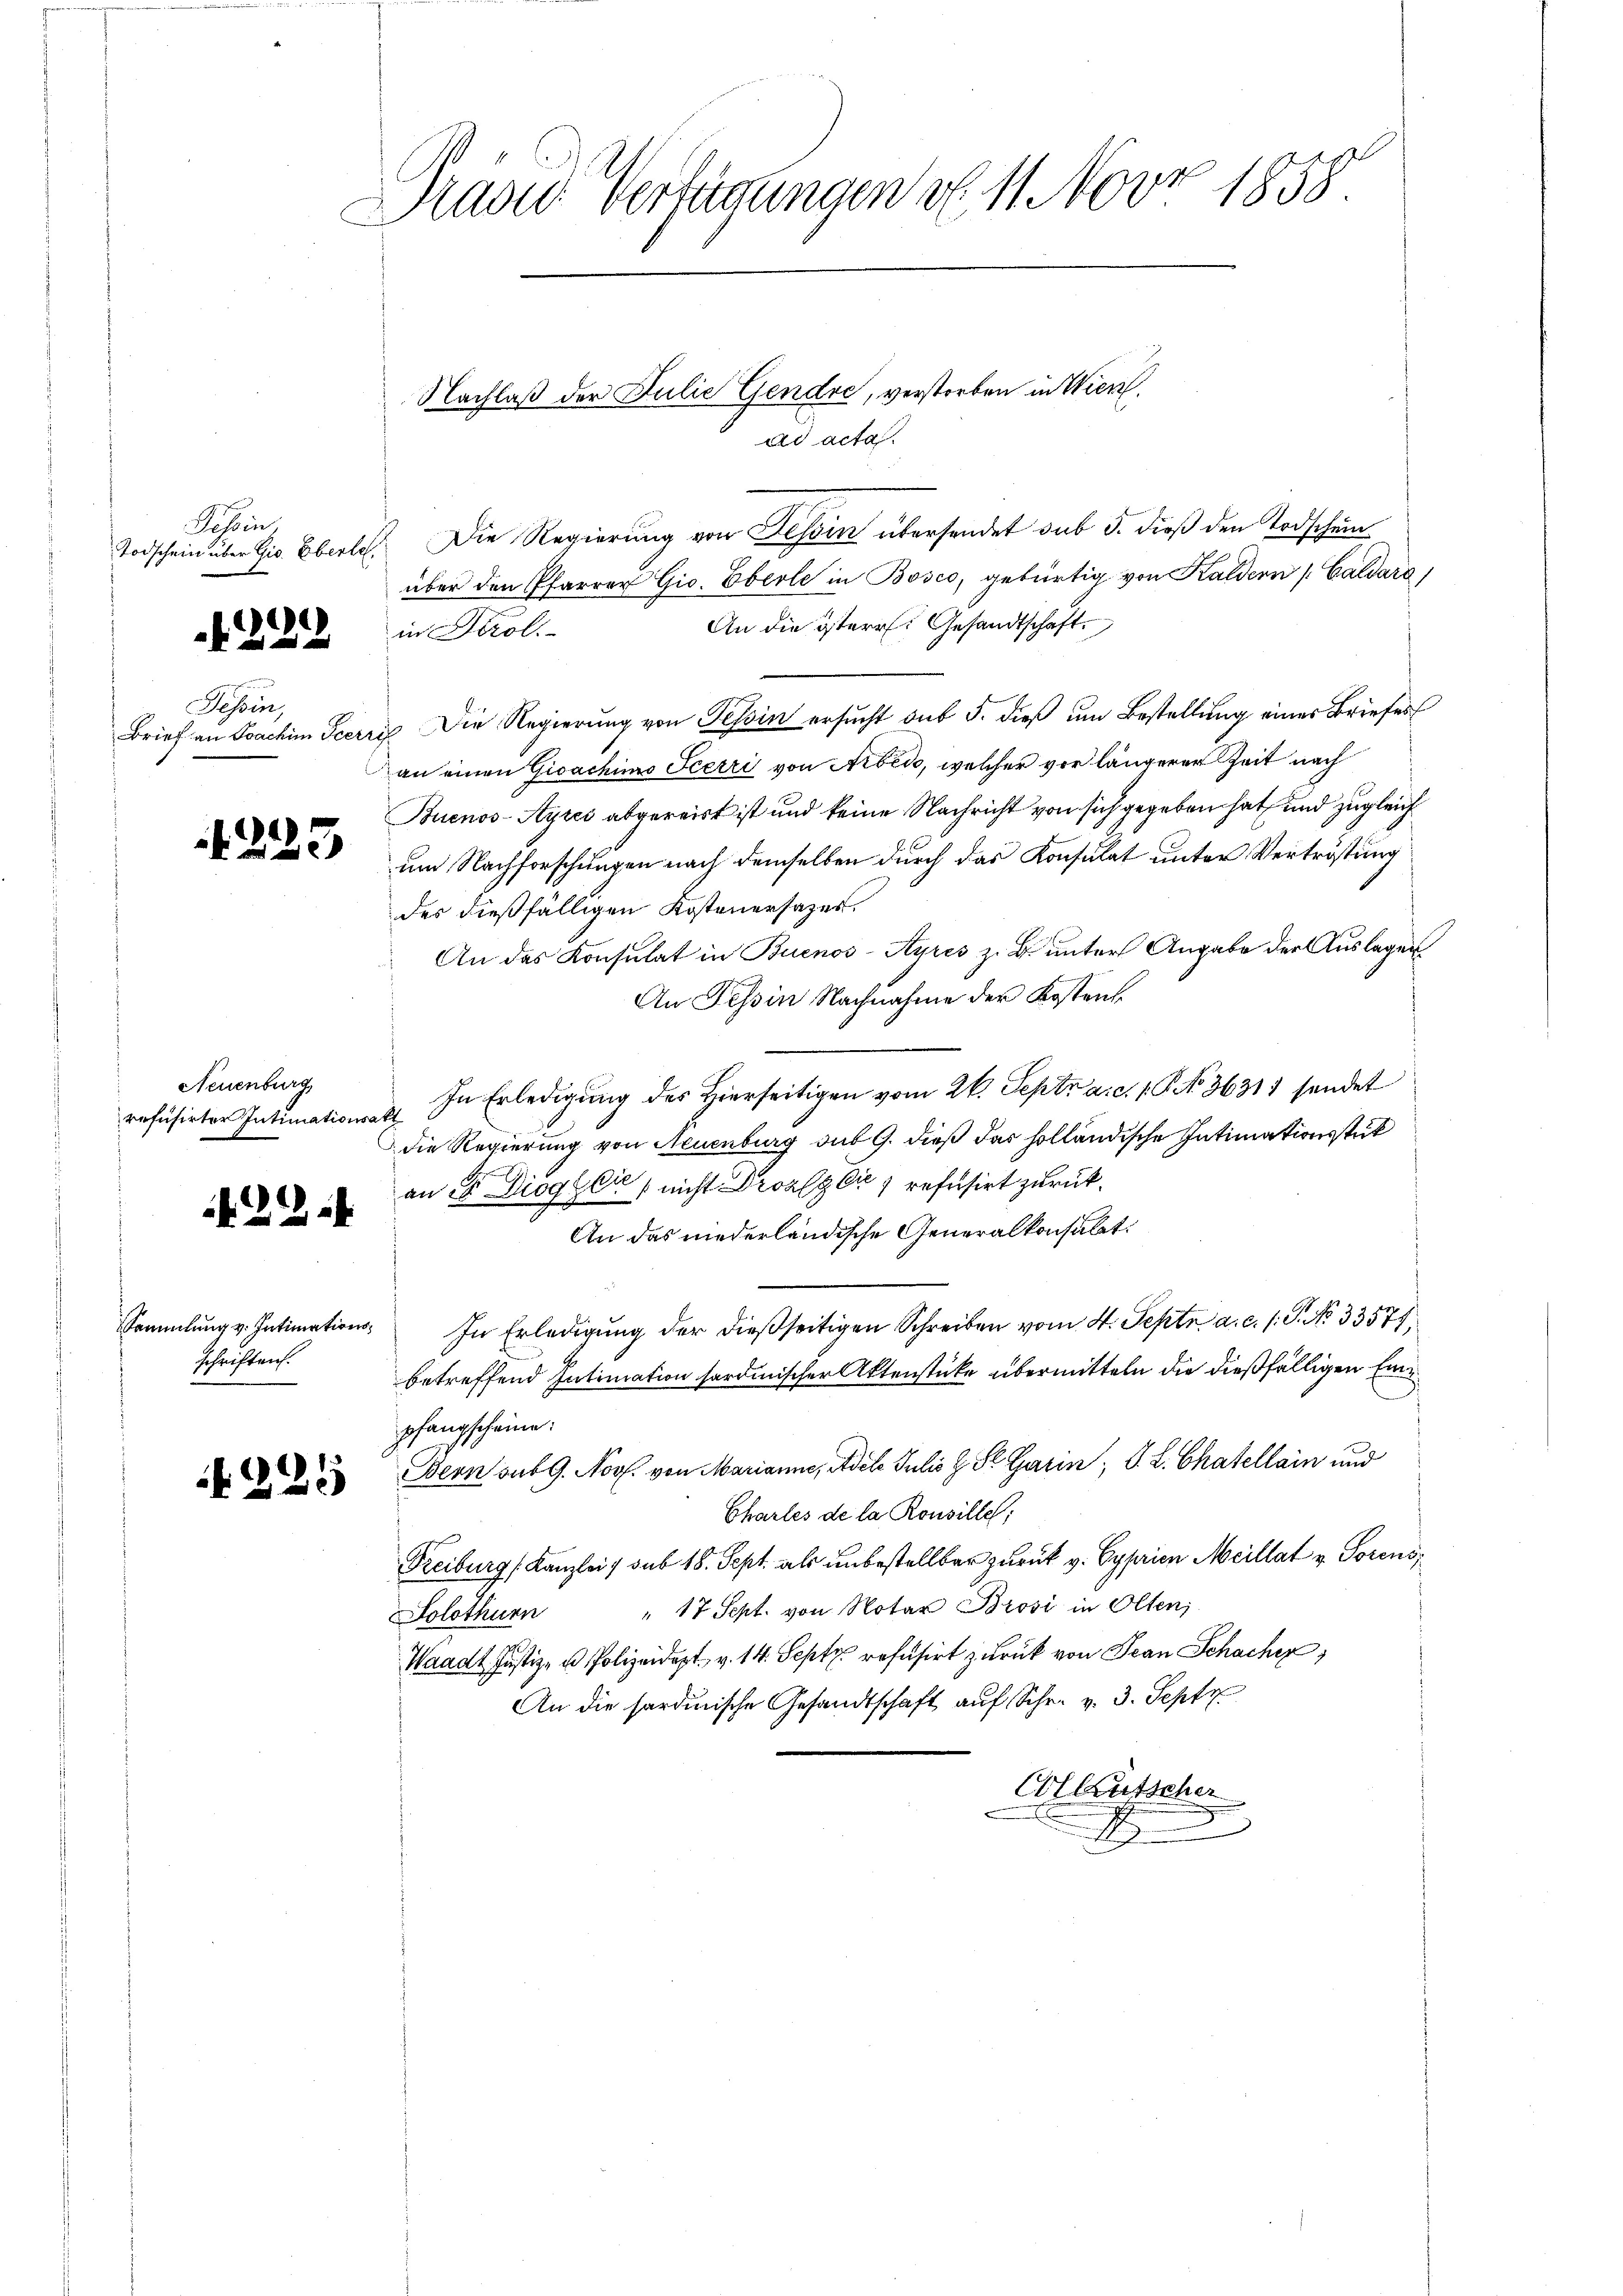
Tessin,
Todschein über Gis. Eberle

.
)
 f 0 x

Tessin,

1223

Neuenburg
refüsirter Intimationsakt

29.1

schriften.

1
260

Präser Verfügungen d. 11 Nov 1858.

über den Pfarrer Gic. Eberle in Bosco, gebürtig von Kaldern [Caldare
An die österr. Gesandtschaft.
in Tirol.
Brief an Joachim Seerre Die Regierung von Tessin ersucht sub 5. dieß um Bestellung eines Briefes
an einen Gioachimo Feerri von Arbedo, welcher vor längerer Zeit nach
Buenos-Ayres abgereist ist und keine Nachricht von sich gegeben hat und zugleich
um Nachforschungen nach demselben durch das Konsulat unter Vertröstung
des dießfälligen Kostenersazes.
An das Konsulat in Buenos-Ayres z. B. unter Angabe der Auslagen
An Tessin Nachnahme der Kostent
In Erledigung des Hierseitigen vom 26. Septz a. c. 1 P. No 36311 sendet
die Regierung von Neuenburg des 9. dieß das holländische Intimationsstük
an 28 Digger, nicht Droalg bis refusirt zurück¬
An das niederländische Generalkonsulat
Sammlung v. Intimations- In Erledigŭng der dieβseitigen Schreiben vom 4. Septe a. c. s. S. No 33571,
betreffend Intimation fordinischer Aktenstücke übermitteln die dießfälligen Einpfangscheine.
Bern sub 9. Nov. von Marianne, Adele Julis z. St. Garin, S. L. Chatellein und
Charles de la Rouville;
Treiburg (Kanzlei / sub 18. Sept. als unbestellbar zurück v. Cyprien Meillat v. Torens,
" 17 Sept. von Notar Brosi in Olten,
Solothurn
Waadt Justiz- u Polizeidept v. 14. Septz refusirt zurück von Jean Schacher
An die sardinische Gesandtschaft auf Schr. v. 3. Sept
At Ausschen
.

Nachlaß der Julie Gendre, verstorben in Wierl
ad acta.
Die Regierung von Tessin übersendet sub 5. dieß den Todschein